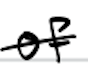
Text: of
Cross-out: single-line
Writing tool: digital_black